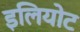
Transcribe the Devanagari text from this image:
इलियोट